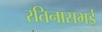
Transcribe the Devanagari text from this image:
रतिनासभई